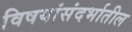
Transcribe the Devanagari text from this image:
विषयांसंदर्भातील